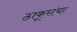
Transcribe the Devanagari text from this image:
ठाकूरांचा